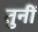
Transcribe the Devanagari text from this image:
तुनीं